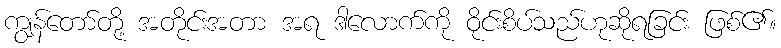
ကျွန်တော်တို့ အတိုင်းအတာ အရ ဒါလောက်ကို ဝိုင်းစိပ်သည်ဟုဆိုရခြင်း ဖြစ်၏။